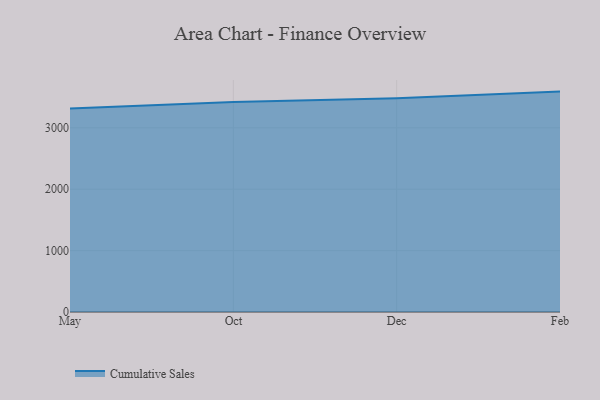
{"axis": {"x": "Month", "y": "Budget (USD K)"}, "legend": ["Cumulative Sales"], "data": [{"x": "May", "y": 3315.1, "type": "Cumulative Sales"}, {"x": "Oct", "y": 3420.1, "type": "Cumulative Sales"}, {"x": "Dec", "y": 3480.3, "type": "Cumulative Sales"}, {"x": "Feb", "y": 3590.0, "type": "Cumulative Sales"}]}